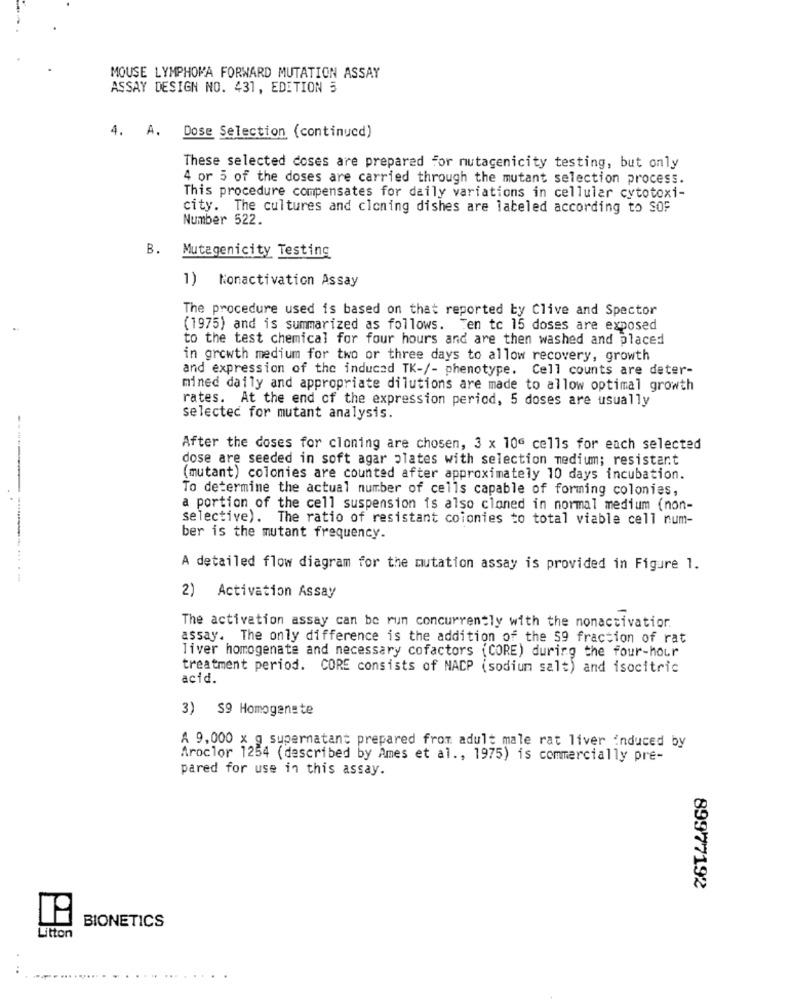
MOUSE LYMPHOMA FORWARD MUTATION ASSAY
ASSAY DESIGN NO. 431, EDETION 5
4. A. Dose Selection (continucd)
These selected doses are prepared for nutagenicity testing, but only
4 or 5 of the doses are carried through the mutant selection process.
This procedure compensates for daily variations in cellular cytotoxi-
city. The cultures and cloning dishes are labeled according to SOF
Number 522.
B.
Mutagenicity Testing
1) Monactivation Assay
The procedure used is based on that reported by Clive and Spector
(1975) and is summarized as follows. Ten to 15 doses are exposed
to the test chemical for four hours and are then washed and placed
in growth medium for two or three days to allow recovery, growth
and expression of the induced TK-/- phenotype. Cell counts are deter-
mined daily and appropriate dilutions are made to allow optimal growth
rates. At the end of the expression period, 5 doses are usually
selected for mutant analysis.
After the doses for cloning are chosen, 3 x 106 cells for each selected
dose are seeded in soft agar plates with selection medium; resistant
(mutant) colonies are counted after approximately 10 days incubation.
To determine the actual number of cells capable of forming colonies,
a portion of the cell suspension is also cloned in normal medium (non-
selective). The ratio of resistant colonies to total viable cell num-
ber is the mutant frequency.
A detailed flow diagram for the mutation assay is provided in Figure 1.
2) Activation Assay
The activation assay can be run concurrently with the nonactivation.
assay. The only difference is the addition of the $9 fraction of rat
Tiver homogenate and necessary cofactors (CORE) during the four-hour
treatment period. CORE consists of NACP (sodium salt) and isocitric
acid.
3) S9 Homogenste
A 9,000 x g supernatant prepared from adult male rat liver induced by
Aroclor 1254 (described by Ames et al ., 1975) is commercially pre-
pared for use in this assay.
89977192
BIONETICS
Litton